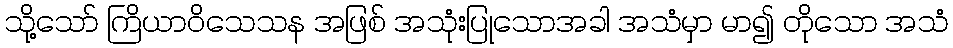
သို့သော် ကြိယာဝိသေသန အဖြစ် အသုံးပြုသောအခါ အသံမှာ မာ၍ တိုသော အသံ